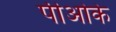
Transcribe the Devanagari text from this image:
पीओके